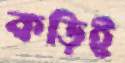
কড়িই